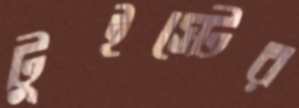
টুইস্টের